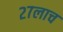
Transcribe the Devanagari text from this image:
२७लाच